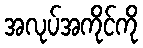
အလုပ်အကိုင်ကို